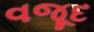
વજૂદ